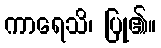
ကာရေသိ၊ ပြု၏။